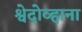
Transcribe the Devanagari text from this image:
श्वेदोव्हाना